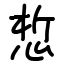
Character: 惁